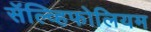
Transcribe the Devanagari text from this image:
सॅल्व्हिफोलियम